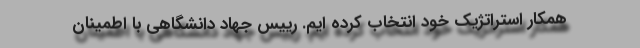
همکار استراتژیک خود انتخاب کرده ایم. رییس جهاد دانشگاهی با اطمینان